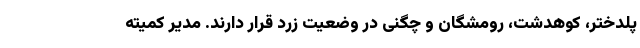
پلدختر، کوهدشت، رومشگان و چگنی در وضعیت زرد قرار دارند. مدیر کمیته